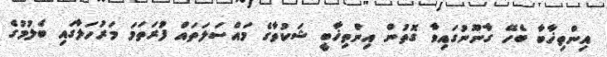
އިންތިޚާބާ ބެހޭ ގާނޫނުގައިވާ ގޮތުން އިންތިޚާބީ ޝަކުވާގެ މައްސަލަތައް ފުރަތަމަ މަރުހަލާގައި ބެލުމުގެ